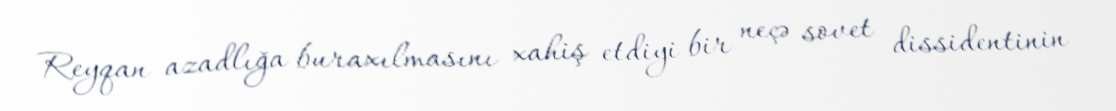
Reyqan azadlığa buraxılmasını xahiş etdiyi bir neçə sovet dissidentinin